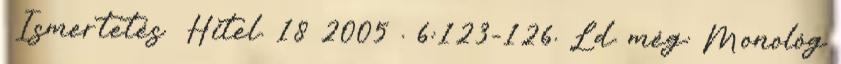
Ismertetés Hitel. 18 2005 . 6:123-126. Ld. még: Monológ